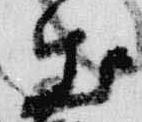
出